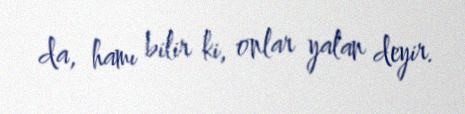
da, hamı bilir ki, onlar yalan deyir.